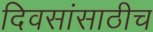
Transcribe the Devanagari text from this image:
दिवसांसाठीच